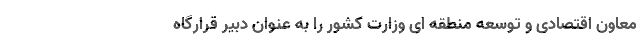
معاون اقتصادی و توسعه منطقه ای وزارت کشور را به عنوان دبیر قرارگاه